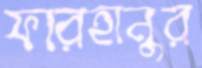
ফারহানুর